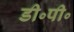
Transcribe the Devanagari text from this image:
डी॰पी॰